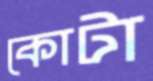
কোটা